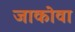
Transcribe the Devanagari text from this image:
जाकोवा